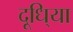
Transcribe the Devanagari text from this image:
दूधि्या